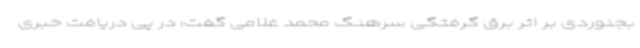
بجنوردی بر اثر برق گرفتگی سرهنگ محمد غلامی گفت: در پی دریافت خبری